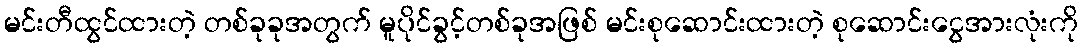
မင်းတီထွင်ထားတဲ့ တစ်ခုခုအတွက် မူပိုင်ခွင့်တစ်ခုအဖြစ် မင်းစုဆောင်းထားတဲ့ စုဆောင်းငွေအားလုံးကို